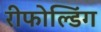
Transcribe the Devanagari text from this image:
रीफोल्डिंग